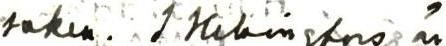
saken.   I Helsingfors är